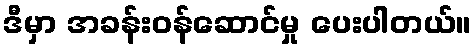
ဒီမှာ အခန်းဝန်ဆောင်မှု ပေးပါတယ်။